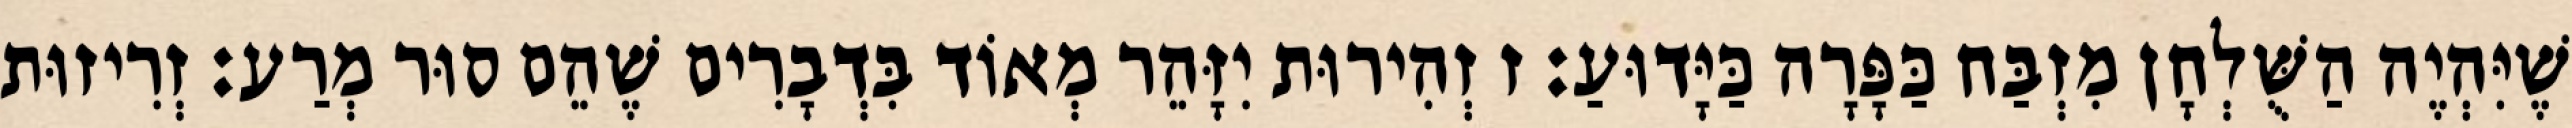
שֶׁיִּהְיֶה הַשֻּׁלְחָן מִזְבַּח כַּפָּרָה כַּיָּדוּעַ: ז זְהִירוּת יִזָּהֵר מְאוֹד בִּדְבָרִים שֶׁהֵם סוּר מְרַע: זְרִיזוּת